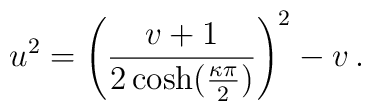
u^2=\left(\frac{v+1}{2\cosh(\frac{\kappa \pi}{2})}     \right)^2-v\,.